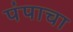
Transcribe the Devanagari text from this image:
पंपाचा